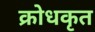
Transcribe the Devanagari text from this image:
क्रोधकृत